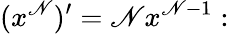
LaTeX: (x^{\mathscr{N}})^{\prime}=\mathscr{N}x^{\mathscr{N}-1}: